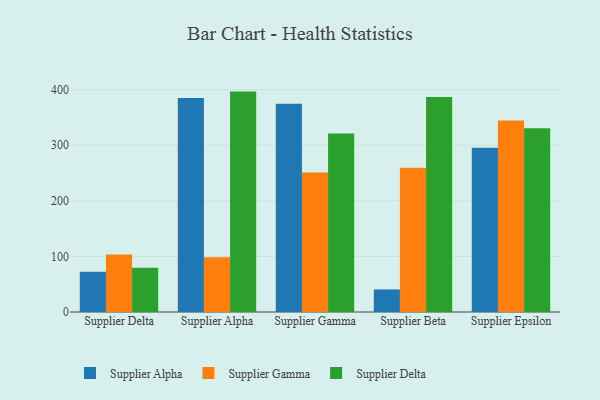
{"axis": {"x": "Supplier", "y": "Churn Rate (%)"}, "legend": ["Supplier Alpha", "Supplier Delta", "Supplier Gamma"], "data": [{"x": "Supplier Delta", "y": 72.6, "type": "Supplier Alpha"}, {"x": "Supplier Delta", "y": 103.5, "type": "Supplier Gamma"}, {"x": "Supplier Delta", "y": 79.8, "type": "Supplier Delta"}, {"x": "Supplier Alpha", "y": 385.2, "type": "Supplier Alpha"}, {"x": "Supplier Alpha", "y": 98.7, "type": "Supplier Gamma"}, {"x": "Supplier Alpha", "y": 396.6, "type": "Supplier Delta"}, {"x": "Supplier Gamma", "y": 374.7, "type": "Supplier Alpha"}, {"x": "Supplier Gamma", "y": 250.8, "type": "Supplier Gamma"}, {"x": "Supplier Gamma", "y": 321.3, "type": "Supplier Delta"}, {"x": "Supplier Beta", "y": 40.6, "type": "Supplier Alpha"}, {"x": "Supplier Beta", "y": 259.7, "type": "Supplier Gamma"}, {"x": "Supplier Beta", "y": 386.7, "type": "Supplier Delta"}, {"x": "Supplier Epsilon", "y": 295.6, "type": "Supplier Alpha"}, {"x": "Supplier Epsilon", "y": 344.5, "type": "Supplier Gamma"}, {"x": "Supplier Epsilon", "y": 330.6, "type": "Supplier Delta"}]}